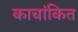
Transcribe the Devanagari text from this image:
काचांकित